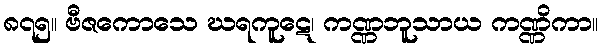
၈၇၅။ ဗီဇကောသေ ဃရကူဋေ၊ ကဏ္ဏဘူသာယ ကဏ္ဏိကာ။